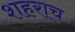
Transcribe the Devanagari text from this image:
शहराच